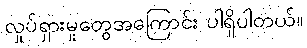
လှုပ်ရှားမှုတွေအကြောင်း ပါရှိပါတယ်။